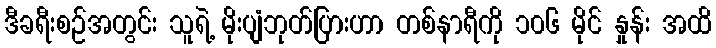
ဒီခရီးစဉ်အတွင်း သူရဲ့ မိုးပျံဘုတ်ပြားဟာ တစ်နာရီကို ၁၀၆ မိုင် နှုန်း အထိ